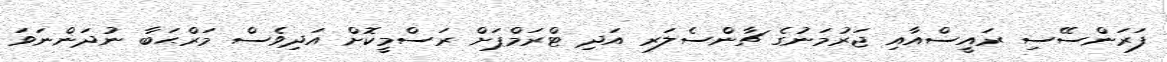
ފަރަންސޭސި ރައީސްއާއި ޖަރުމަނުގެ ޗާންސެލަރ އަދި ޓްރަމްޕަށް ރަސްމީކޮށް އަދިވެސް މަރްޙަބާ ނުދަންނަވަ